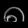
Digit: ၈